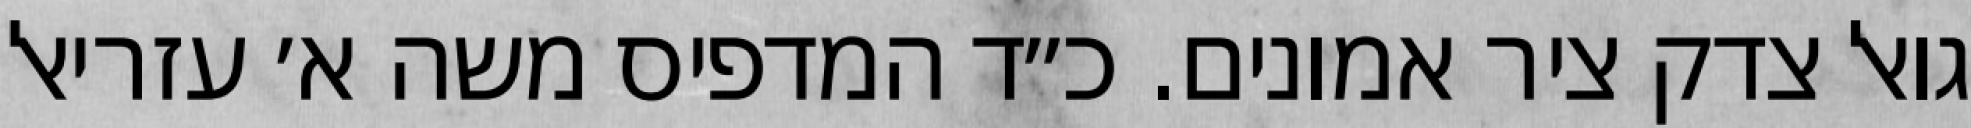
גואל צדק ציר אמונים. כ״ד המדפיס משה א׳ עזריאל